Annual administration report of the Civil Veterinary Department of India - 1904-1905
Year: 1904
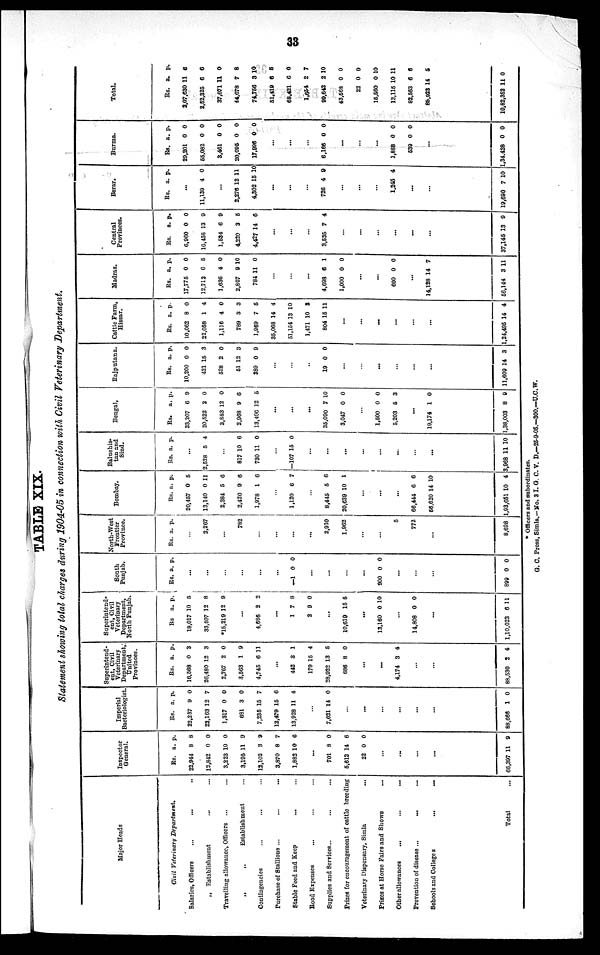
33
TABLE XIX.
Statement showing total charges during 1904-05 in connection with Civil Veterinary Department.
Major Heads
Civil Veterinary
Department.
Salaries, Officers ... ... ...
„ Establishment ... ...
Travelling allowance, Officers
... ...
„
Establishment
Contingencies ... ... ...
Purchase of Stallions ... ... ...
Stable Feed and Keep ... ...
Road Expenses ... ... ...
Supplies and Services... ... ...
Prizes for encouragement of cattle breeding
Veterinary Dispensary, Simla
...
Prizes at Horse Fairs and Shows ...
Other allowances
...
...
...
Prevention of disease ... ... ...
Schools and Colleges
... ...
Total ...
Inspector
General.
Rs.
22,944
12,842
3,223
3,195
12,102
3,870
1,882
a.
8
0
10
11
3
8
10
p.
8
0
0
9
9
7
6
...
701
5,612
22
8
14
0
0
6
0
...
...
...
...
66,397 11 9
Imperial
Bacteriologist.
Rs.
22,237
23,163
1,317
681
7,235
12,479
13,928
a.
9
12
0
3
15
15
11
p.
0
7
0
0
7
6
4
...
7,621 14 0
...
...
...
...
...
...
88,666
1 0
Superintend-
ent, Civil
Veterinary
Department,
United
Provinces.
Rs.
16,568
26,480
2,767
3,563
4,745
a.
0
12
2
1
6
p.
3
3
0
9
11
...
442
179
28,922
686
3
15
13
8
1
4
5
0
...
...
4,174 3 4
...
...
88,530
2 4
Superintend-
ent, Civil
Veterinary
Department,
North Punjab.
Rs
18,017
33,507
*15,219
a.
10
12
12
p.
5
8
9
...
4,686 2 2
...
1
3
7
9
8
0
...
10,619 15 5
...
13,160 0 10
...
14,808 0 0
...
1,10,023
6 11
South
Punjab.
Rs. a. p.
...
...
...
...
...
...
—1 0 0
...
...
...
...
900 0 0
...
...
...
899
0 0
North-West
Frontier
Province.
Rs. a. p.
...
2,267
...
782
...
...
...
...
2,910
1,962
...
...
5
772
...
8,698
Bombay.
Rs.
20,457
13,140
2,384
2,420
1,978
a.
0
0
5
9
1
p.
5
11
6
6
6
...
1,120 6 7
...
8,445
20,639
5
10
6
1
...
...
...
66,444
56,620
1,93,651
6
14
10
6
10
4
Baluchis-
tan and
Sind.
Rs. a. p.
...
2,528 5 4
...
817
730
10
11
6
0
...
—107 15 0
...
...
...
...
...
...
...
...
3,968
11 10
Bengal.
Rs.
33,207
20,522
3,883
2,968
13,406
a.
6
2
12
9
12
p.
9
0
0
6
5
...
...
...
35,090
3,047
7
0
10
0
...
1,500
5,203
0
5
0
3
...
19,174
1,38,003
1
8
0
9
Rajputana.
Rs.
10,200
421
528
51
389
a.
0
15
2
12
0
p.
0
3
0
3
9
...
...
...
19 0 0
...
...
...
...
...
...
11,609 14 3
Cattle Farm,
Hissar.
Rs.
10,062
22,058
1,116
789
1,969
35,068
51,154
1,471
804
a.
8
1
4
3
7
14
13
10
15
p.
0
4
0
3
6
4
10
8
11
...
...
...
...
...
...
1,24,495 14 4
Madras.
Rs.
17,775
12,713
1,636
2,807
784
a.
0
6
4
9
11
p.
0
5
0
10
0
...
...
...
4,698
1,000
6
0
1
0
...
...
600 0 0
...
14,128
56,144
14
3
7
11
Central
Provinces
Rs.
6,960
16,458
1,534
4,229
4,427
a.
0
13
6
3
14
p.
0
9
9
5
6
...
...
...
3,535 7 4
...
...
...
...
...
...
37,145 13 9
Berar.
Rs. a. p.
...
11,139
...
2,276
4,302
4
12
15
0
11
10
...
...
...
726 4 9
...
...
...
124 5 4
...
...
19,690
7 10
Burma.
Rs.
29,201
55,082
3,461
20,095
17,996
a.
0
0
0
0
0
p.
0
0
0
0
0
...
...
...
6,166 0 0
...
...
...
1,888
539
0
0
0
0
...
1,34,428 0 0
Total.
Rs.
2,07,630
2,52,325
37,071
44,678
74,756
51,419
68,421
1,654
99,642
43,568
22
15,560
13,115
82,563
89,923
10,82,352
a.
11
6
11
7
3
6
6
2
2
0
0
0
10
6
14
11
p.
6
6
0
8
10
5
0
7
10
0
0
10
11
6
5
0
* Officers and subordinates.
G. C. Press, Simla.-No. 3 I. G. C. V. D.—25-9-05.—300.—U.C.W.